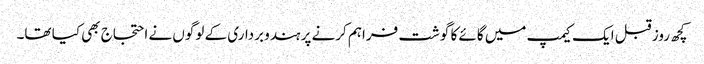
کچھ روز قبل ایک کیمپ میں گائے کا گوشت فراہم کرنے پر ہندو برداری کے لوگوں نے احتجاج بھی کیا تھا۔